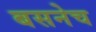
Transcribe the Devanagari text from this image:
बसनेच